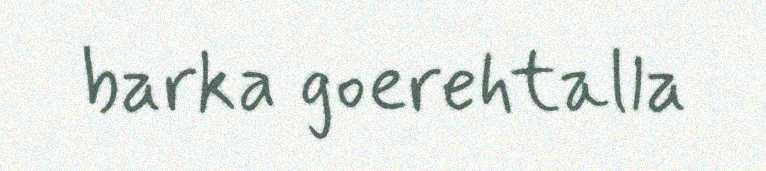
barka goerehtalla